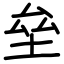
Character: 垒